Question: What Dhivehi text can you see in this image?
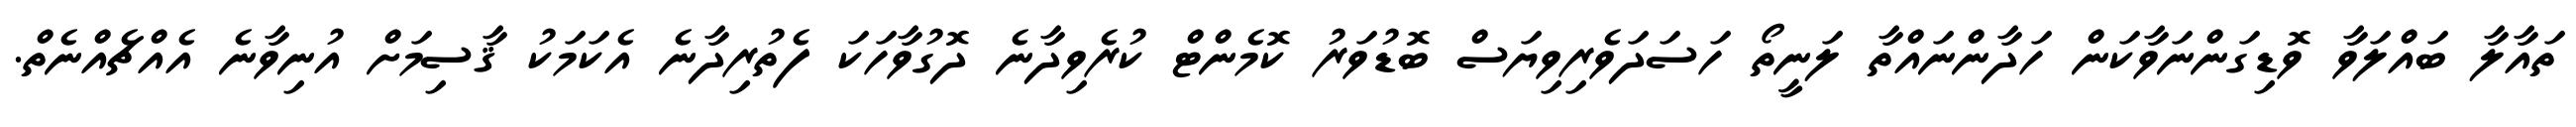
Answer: ތައާލާ ބައްލަވާ ވޮޑިގަންނަވާކަން ހަދާންނައްތާ ލަނީތޯ ހަސަދަވެރިވިޔަސް ބޮޑުވަރު ކޮމެންޓް ކުރެވިދާނެ ދޮގުވާހަކަ ފެތުރިދާނެ އެކަމަކު ޤާސިމަށް އުނިވާނެ އެއްޗެއްނެތް.